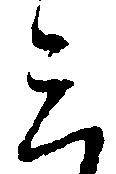
三